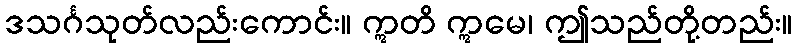
ဒသင်္ဂသုတ်လည်းကောင်း။ ဣတိ ဣမေ၊ ဤသည်တို့တည်း။